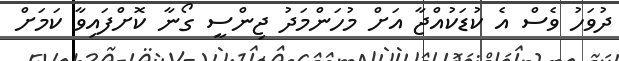
ދުވަހު ވެސް އެ ކުޑަކުއްޖާ އަށް މުހަންމަދު ޖިންސީ ގޯނާ ކޮށްފައިވާ ކަމަށް